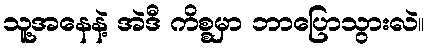
သူ့အနေနဲ့ အဲဒီ ကိစ္စမှာ ဘာပြောသွားလဲ။